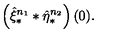
\left( \hat { \xi } _ { \ast } ^ { n _ { 1 } } \ast \hat { \eta } _ { \ast } ^ { n _ { 2 } } \right) ( 0 ) .